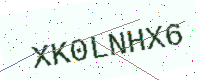
Text: XK0LNHX6